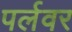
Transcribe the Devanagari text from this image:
पर्लवर